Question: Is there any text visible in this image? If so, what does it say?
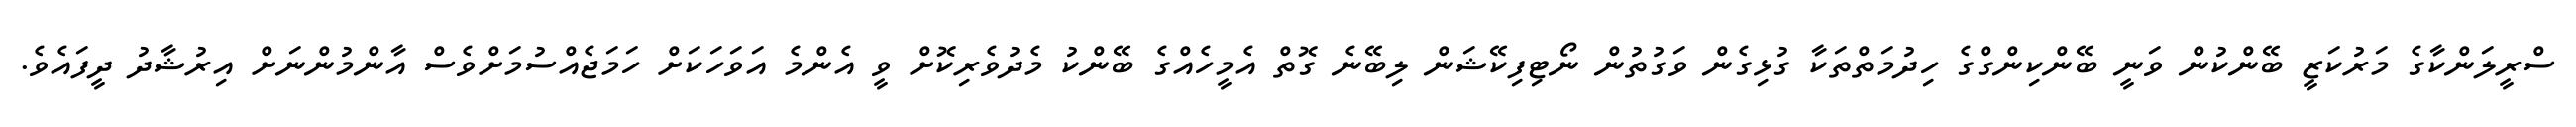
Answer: ސްރީލަންކާގެ މަރުކަޒީ ބޭންކުން ވަނީ ބޭންކިންގްގެ ހިދުމަތްތަކާ ގުޅިގެން ވަގުތުން ނޯޓިފިކޭޝަން ލިބޭނެ ގޮތް އެމީހެއްގެ ބޭންކު މެދުވެރިކޮށް ވީ އެންމެ އަވަހަކަށް ހަމަޖެއްސުމަށްވެސް އާންމުންނަށް އިރުޝާދު ދީފައެވެ.